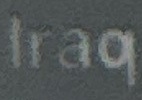
Iraq